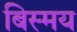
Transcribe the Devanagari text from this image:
बिस्मय